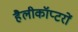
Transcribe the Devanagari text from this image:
हैलीकॉप्टरों